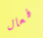
فعال